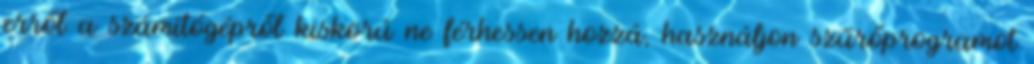
erről a számítógépről kiskorú ne férhessen hozzá, használjon szűrőprogramot